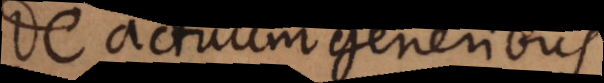
De actuum generibus.